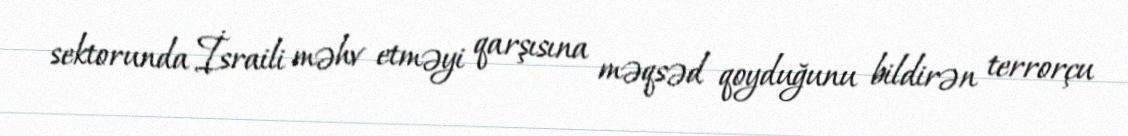
sektorunda İsraili məhv etməyi qarşısına məqsəd qoyduğunu bildirən terrorçu